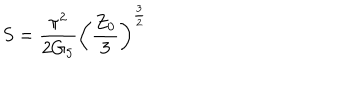
LaTeX: S = \frac { \pi ^ { 2 } } { 2 G _ { 5 } } \left( \frac { Z _ { 0 } } { 3 } \right) ^ { \frac { 3 } { 2 } }